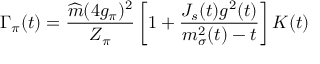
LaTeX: \Gamma _ { \pi } ( t ) = \frac { \widehat m ( 4 g _ { \pi } ) ^ { 2 } } { Z _ { \pi } } \left[ 1 + \frac { { \cal J } _ { s } ( t ) g ^ { 2 } ( t ) } { m _ { \sigma } ^ { 2 } ( t ) - t } \right] { \cal K } ( t )